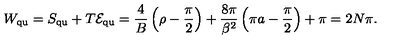
W _ { \mathrm { q u } } = S _ { \mathrm { q u } } + T { \cal E } _ { \mathrm { q u } } = \frac { 4 } { B } \left( \rho - \frac { \pi } { 2 } \right) + \frac { 8 \pi } { \beta ^ { 2 } } \left( \pi a - \frac { \pi } { 2 } \right) + \pi = 2 N \pi .